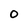
Character: O